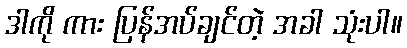
ဒါကို ကား ပြန်အပ်ချင်တဲ့ အခါ သုံးပါ။